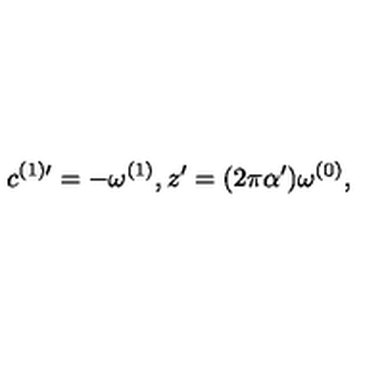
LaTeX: c ^ { ( 1 ) \prime } = - \omega ^ { ( 1 ) } , z ^ { \prime } = ( 2 \pi \alpha ^ { \prime } ) \omega ^ { ( 0 ) } ,